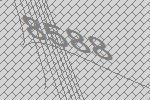
8588